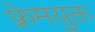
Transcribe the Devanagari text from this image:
फ़्रेमयुक्त